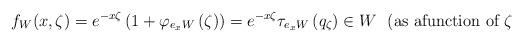
LaTeX: \begin{align*}f_{W}(x,\zeta)=e^{-x\zeta}\left( 1+\varphi_{e_{x}W}\left( \zeta\right)\right) =e^{-x\zeta}\tau_{e_{x}W}\left( q_{\zeta}\right) \in W\text{ \ (as afunction of }\zeta \end{align*}